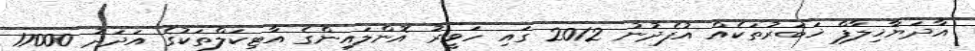
އާދަޔާޚިލާފް ޚަބަރުތަކެއް އުފެދުނު 2012 ގައި ހަވީރު އޮންލައިންގެ އާޓިކަލްތަކުގެ އަދަދު 17000